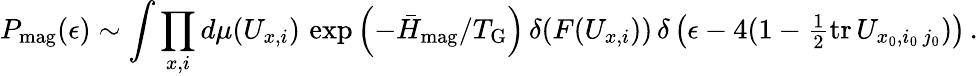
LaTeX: P_{\mathrm{mag}}(\epsilon)\sim\int\prod_{x,i}d\mu(U_{x,i})\, \exp\left(-{\bar{H}_{\mathrm{mag}}/T_{\mathrm{G}}}\right)\, \delta(F(U_{x,i}))\, \delta\left(\epsilon-4(1-{\textstyle{\frac{1}{2}}}\mathrm{tr}\, U_{x_{0},i_{0}\, j_{0}})\right)\, .